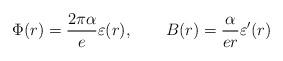
LaTeX: \begin{align*}\Phi(r) = \frac{2\pi\alpha}{e}\varepsilon(r),\qquad B(r) = \frac{\alpha}{er} \varepsilon'(r)\end{align*}